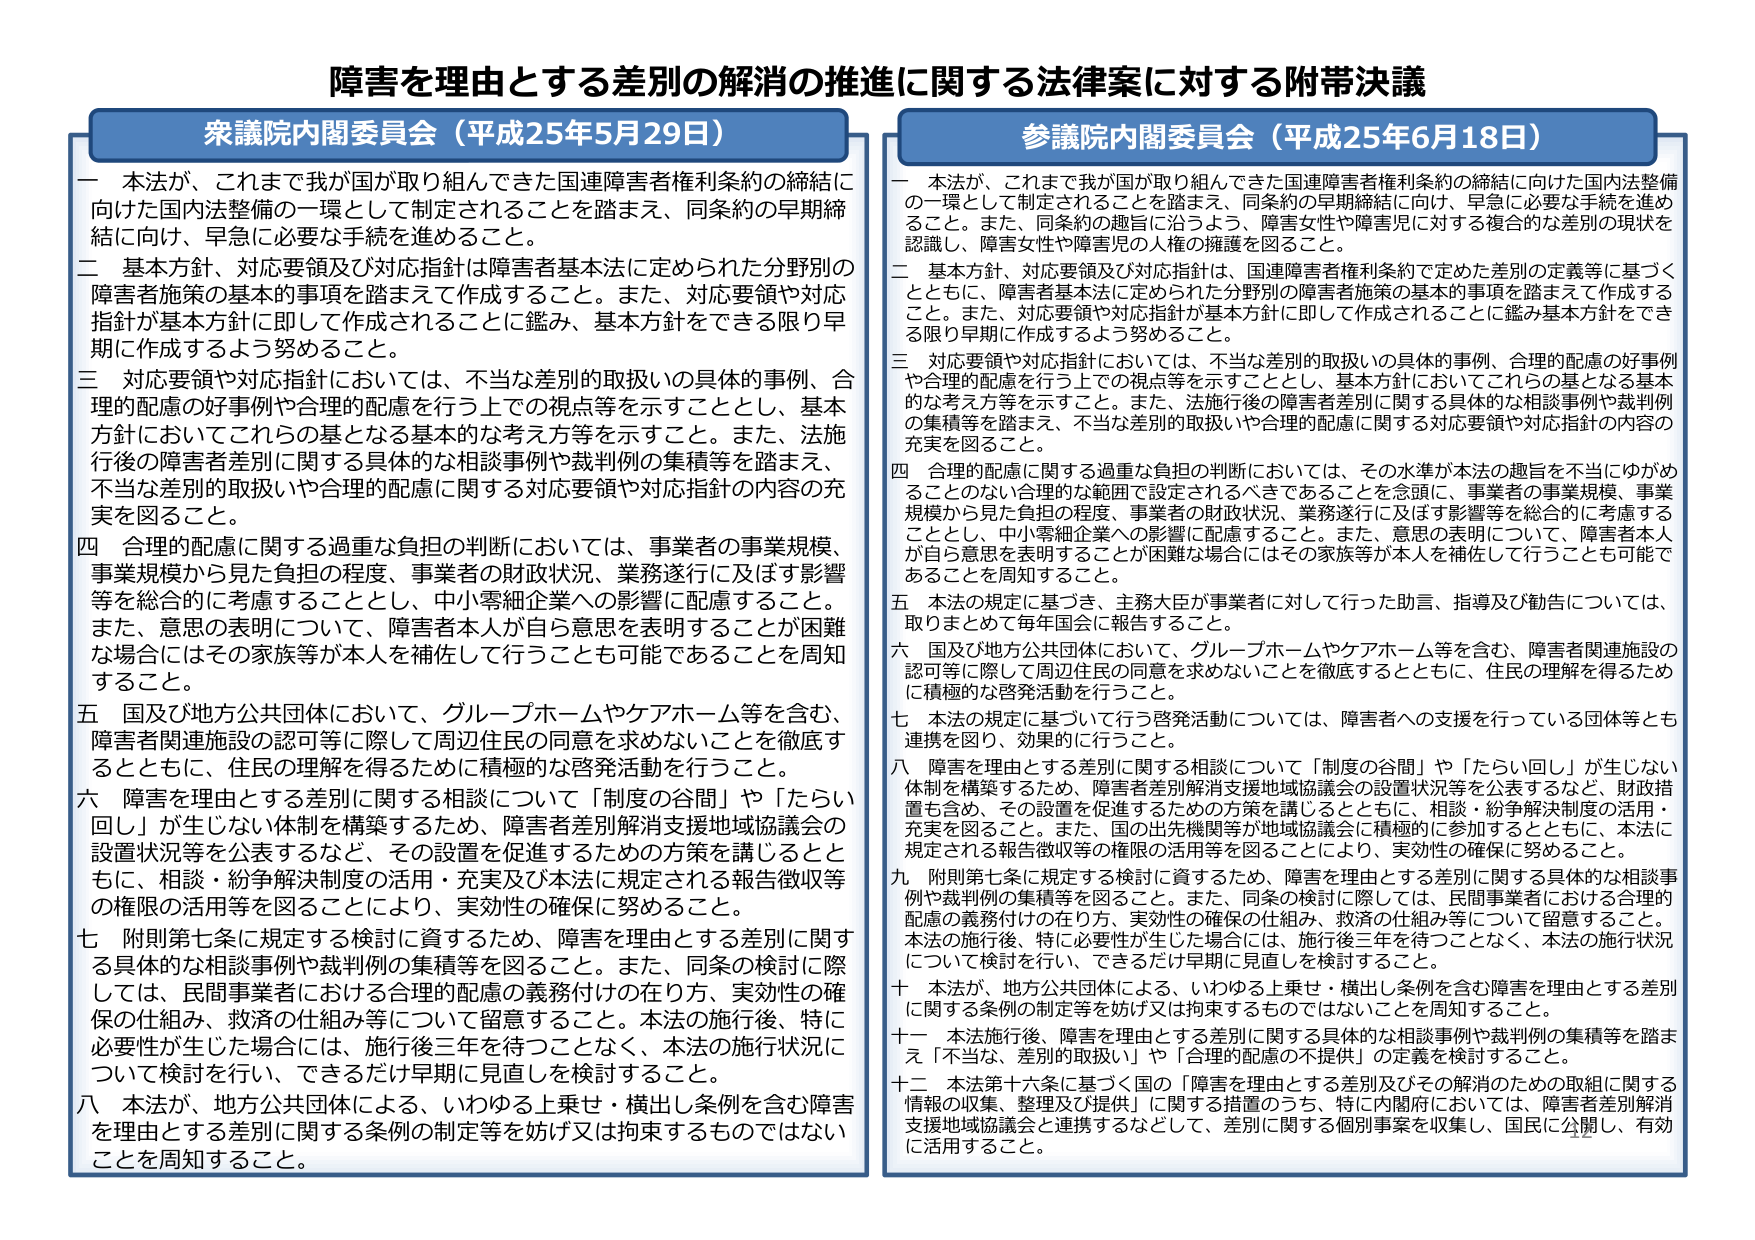
障害を理由とする差別の解消の推進に関する法律案に対する附帯決議

衆議院内閣委員会（平成25年5月29日）

一 本法が、これまで我が国が取り組んできた国連障害者権利条約の締結に向けた国内法整備の一環として制定されることを踏まえ、同条約の早期締結に向け、早急に必要な手続を進めるること。

二 基本方針、対応要領及び対応指針は障害者基本法に定められた分野別の障害者施策の基本的事項を踏まえて作成すること。また、対応要領や対応指針が基本方針に即して作成されることに鑑み、基本方針をできる限り早期に作成するよう努めること。

三 対応要領や対応指針においては、不当な差別的取扱いの具体的事例、合理的配慮の好事例や合理的配慮を行う上での視点等を示すこととし、基本方針においてこれらの基となる基本的な考え方等を示すこと。また、法施行後の障害者差別に関する具体的な相談事例や裁判例の集積等を踏まえ、不当な差別的取扱いや合理的配慮に関する対応要領や対応指針の内容の充実を図ること。

四 合理的配慮に関する過重な負担の判断においては、事業者の事業規模、事業規模から見た負担の程度、事業者の財政状況、業務遂行に及ぼす影響等を総合的に考慮することとし、中小零細企業への影響に配慮すること。また、意思の表明について、障害者本人が自ら意思を表明することが困難な場合にはその家族等が本人を補佐して行うことも可能であることを周知すること。

五 国及び地方公共団体において、グループホームやケアホーム等を含む、障害者関連施設の認可等に際して周辺住民の同意を求めないことを徹底するとともに、住民の理解を得るために積極的な啓発活動を行うこと。

六 障害を理由とする差別に関する相談について「制度の谷間」や「たらい回し」が生じない体制を構築するため、障害者差別解消支援地域協議会の設置状況等を公表するなど、その設置を促進するための方策を講じるとともに、相談・紛争解決制度の活用・充実を図ること。また、国の出先機関等が地域協議会に積極的に参加するとともに、本法に規定される報告徴収等の権限の活用等を図ることにより、実効性の確保に努めること。

七 附則第七条に規定する検討に資するため、障害を理由とする差別に関する具体的な相談事例や裁判例の集積等を図ること。また、同条の検討に際しては、民間事業者における合理的配慮の義務付けの在り方、実効性の確保の仕組み、救済の仕組み等について留意すること。本法の施行後、特に必要性が生じた場合には、施行後三年を待つことなく、本法の施行状況について検討を行い、できるだけ早期に見直しを検討すること。

八 本法が、地方公共団体による、いわゆる上乗せ・横出し条例を含む障害を理由とする差別に関する条例の制定等を妨げ又は拘束するものではないことを周知すること。

参議院内閣委員会（平成25年6月18日）

一 本法が、これまで我が国が取り組んできた国連障害者権利条約の締結に向けた国内法整備の一環として制定されることを踏まえ、同条約の早期締結に向け、早急に必要な手続を進めるること。また、同条約の趣旨に沿うよう、障害女性や障害児に対する複合的な差別の現状を認識し、障害女性や障害児の人権の擁護を図ること。

二 基本方針、対応要領及び対応指針は、国連障害者権利条約で定めた差別の定義等に基づくとともに、障害者基本法に定められた分野別の障害者施策の基本的事項を踏まえて作成すること。また、対応要領や対応指針が基本方針に即して作成されることに鑑み基本方針をできる限り早期に作成するよう努めること。

三 対応要領や対応指針においては、不当な差別的取扱いの具体的事例、合理的配慮の好事例や合理的配慮を行う上での視点等を示すこととし、基本方針においてこれらの基となる基本的な考え方等を示すこと。また、法施行後の障害者差別に関する具体的な相談事例や裁判例の集積等を踏まえ、不当な差別的取扱いや合理的配慮に関する対応要領や対応指針の内容の充実を図ること。

四 合理的配慮に関する過重な負担の判断においては、その水準が本法の趣旨を不当にゆがめることのない合理的な範囲で設定されるべきであることを念頭に、事業者の事業規模、事業規模から見た負担の程度、事業者の財政状況、業務遂行に及ぼす影響等を総合的に考慮することとし、中小零細企業への影響に配慮すること。また、意思の表明について、障害者本人が自ら意思を表明することが困難な場合にはその家族等が本人を補佐して行うことも可能であることを周知すること。

五 本法の規定に基づき、主務大臣が事業者に対して行った助言、指導及び勧告については、取りまとめて毎年国会に報告すること。

六 国及び地方公共団体において、グループホームやケアホーム等を含む、障害者関連施設の認可等に際して周辺住民の同意を求めないことを徹底するとともに、住民の理解を得るため に積極的な啓発活動を行うこと。

七 本法の規定に基づいて行う啓発活動については、障害者への支援を行っている団体等とも連携を図り、効果的に行うこと。

八 障害を理由とする差別に関する相談について「制度の谷間」や「たらい回し」が生じない体制を構築するため、障害者差別解消支援地域協議会の設置状況等を公表するなど、財政措置も含め、その設置を促進するための方策を講じるとともに、相談・紛争解決制度の活用・充実を図ること。また、国の出先機関等が地域協議会に積極的に参加するとともに、本法に規定される報告徴収等の権限の活用等を図ることにより、実効性の確保に努めること。

九 附則第七条に規定する検討に資するため、障害を理由とする差別に関する具体的な相談事例や裁判例の集積等を図ること。また、同条の検討に際しては、民間事業者における合理的配慮の義務付けの在り方、実効性の確保の仕組み、救済の仕組み等について留意すること。本法の施行後、特に必要性が生じた場合には、施行後三年を待つことなく、本法の施行状況について検討を行い、できるだけ早期に見直しを検討すること。

十 本法が、地方公共団体による、いわゆる上乗せ・横出し条例を含む障害を理由とする差別に関する条例の制定等を妨げ又は拘束するものではないことを周知すること。

十一 本法施行後、障害を理由とする差別に関する具体的な相談事例や裁判例の集積等を踏まえ「不当な、差別的取扱い」や「合理的配慮の不提供」の定義を検討すること。

十二 本法第十六条に基づく国の「障害を理由とする差別及びその解消のための取組に関する情報の収集、整理及び提供」に関する措置のうち、特に内閣府においては、障害者差別解消支援地域協議会と連携するなどして、差別に関する個別事案を収集し、国民に公開し、有効に活用すること。